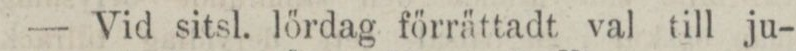
— Vid sitsl. lördag förrättadt val till ju-